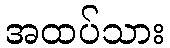
အထပ်သား